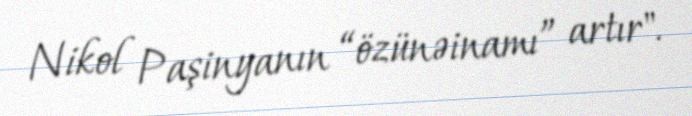
Nikol Paşinyanın “özünəinamı” artır".